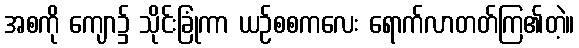
အစကို ကျော၌ သိုင်းခြုံကာ ယဉ်စစကလေး ရောက်လာတတ်ကြ၏တဲ့။